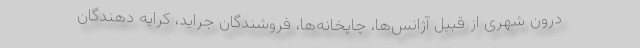
درون شهری از قبیل آژانس‌ها، چاپخانه‌ها، فروشندگان جراید، کرایه دهندگان